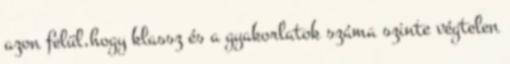
azon felül,hogy klassz és a gyakorlatok száma szinte végtelen